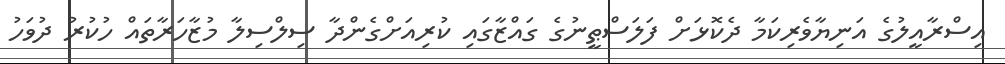
އިސްރާއީލުގެ އަނިޔާވެރިކަމާ ދެކޮޅަށް ފަލަސްޠީނުގެ ގައްޒާގައި ކުރިއަށްގެންދާ ސިލްސިލާ މުޒާހަރާތައް ހުކުރު ދުވަހު